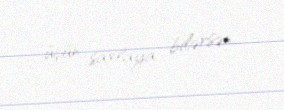
üçün saxlaya bilərsən.